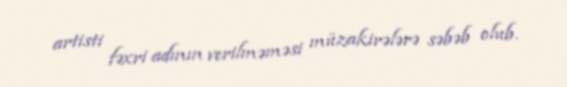
artisti fəxri adının verilməməsi müzakirələrə səbəb olub.